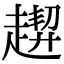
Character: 𧽁